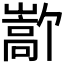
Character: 𫶜